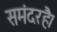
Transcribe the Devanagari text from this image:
समंदरहै।